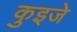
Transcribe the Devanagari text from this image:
कुइजे